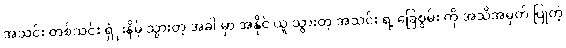
အသင်း တစ်သင်း ရှံုးနိမ့် သွားတဲ့ အခါ မှာ အနိုင် ယူ သွားတဲ့ အသင်း ရဲ့ ခြေစွမ်း ကို အသိအမှတ် ပြုတဲ့